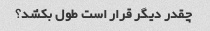
چقدر دیگر قرار است طول بکشد؟